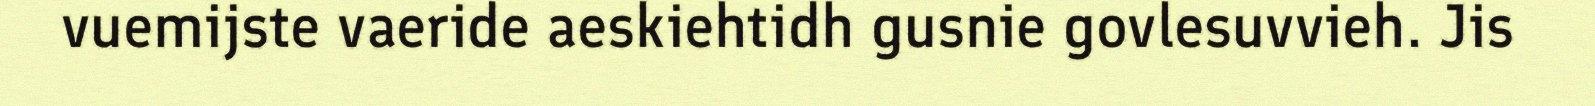
vuemijste vaeride aeskiehtidh gusnie govlesuvvieh. Jis